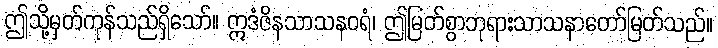
ဤသို့မှတ်ကုန်သည်ရှိသော်။ ဣဒံဇိနသာသနဝရံ၊ ဤမြတ်စွာဘုရားသာသနာတော်မြတ်သည်။